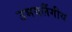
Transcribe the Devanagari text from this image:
उभयलैंगीय